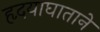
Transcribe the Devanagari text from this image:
हृदयाघाताने